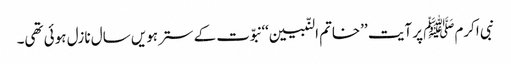
نبی اکرمﷺ پر آیت ’’خاتم النّبیین‘‘ نبوّت کے سترہویں سال نازل ہوئی تھی۔